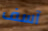
آسف